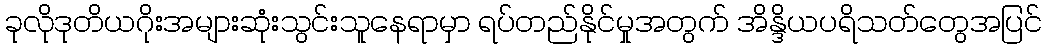
ခုလိုဒုတိယဂိုးအများဆုံးသွင်းသူနေရာမှာ ရပ်တည်နိုင်မှုအတွက် အိန္ဒိယပရိသတ်တွေအပြင်